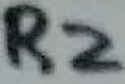
Text: R2